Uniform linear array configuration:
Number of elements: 16
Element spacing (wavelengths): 0.25
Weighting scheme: cosine
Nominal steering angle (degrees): -15
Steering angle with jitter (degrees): -16.995
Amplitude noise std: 0.05
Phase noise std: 0.05

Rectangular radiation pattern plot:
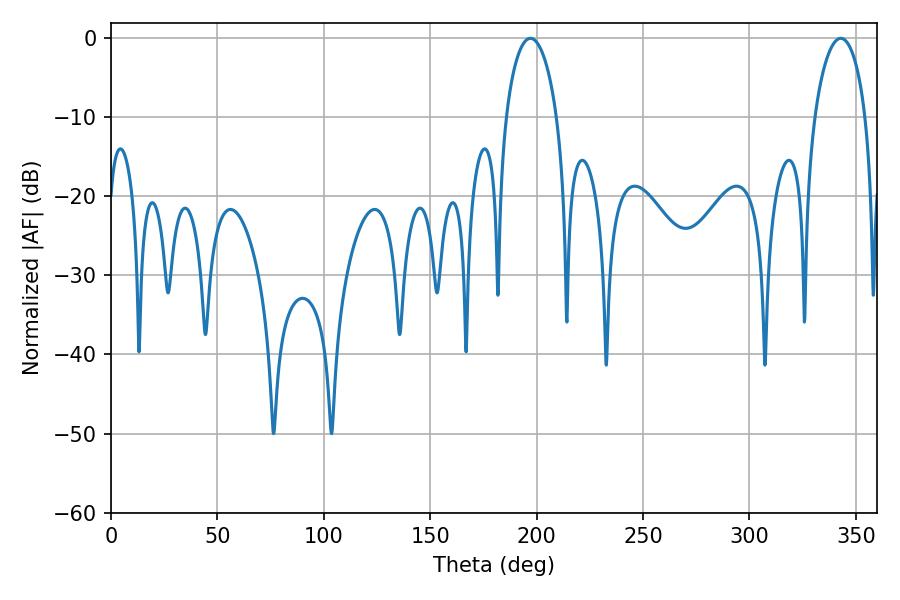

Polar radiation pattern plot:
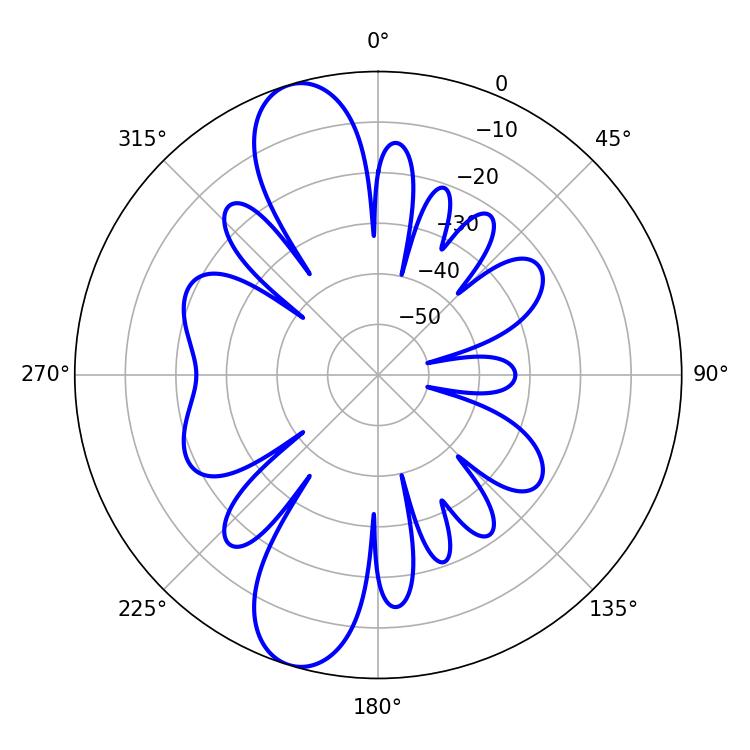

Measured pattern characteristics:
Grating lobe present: FALSE
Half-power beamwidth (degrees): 13.68
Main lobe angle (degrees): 197.1